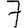
Digit: 7